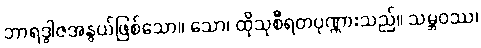
ဘာရဒွါဇအနွယ်ဖြစ်သော။ သော၊ ထိုသုစီရတပုဏ္ဏားသည်။ သမ္ဘဝဿ၊